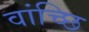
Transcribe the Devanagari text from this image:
वांच्छि